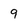
Character: 9